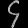
Digit: ၄